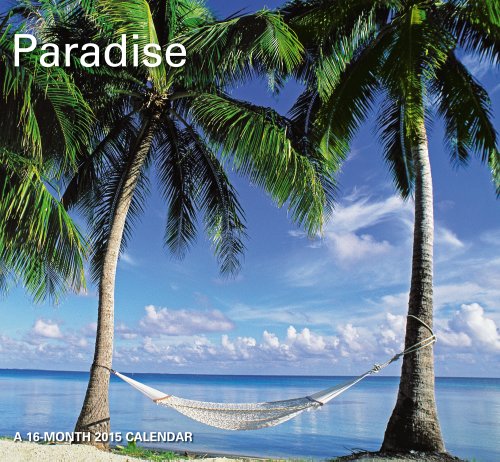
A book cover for Paradise Mini Calendar (2015); Day Dream; Calendars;